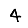
Digit: 4